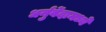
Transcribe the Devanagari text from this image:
धर्नुर्वेदामध्ये